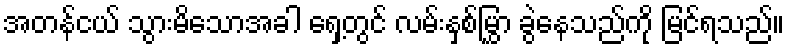
အတန်ငယ် သွားမိသောအခါ ရှေ့တွင် လမ်းနှစ်မြွှာ ခွဲနေသည်ကို မြင်ရသည်။